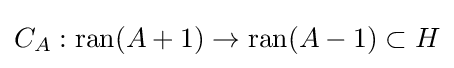
C_{A}:\operatorname {ran} (A+1)\rightarrow \operatorname {ran} (A-1)\subset H